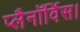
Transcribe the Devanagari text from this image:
प्लैनॉर्विस।